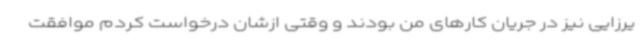
یرزایی نیز در جریان کارهای من بودند و وقتی ازشان درخواست کردم موافقت